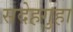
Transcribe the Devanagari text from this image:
सदेहगुहा